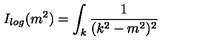
I _ { l o g } ( m ^ { 2 } ) = \int _ { k } \frac { 1 } { ( k ^ { 2 } - m ^ { 2 } ) ^ { 2 } }